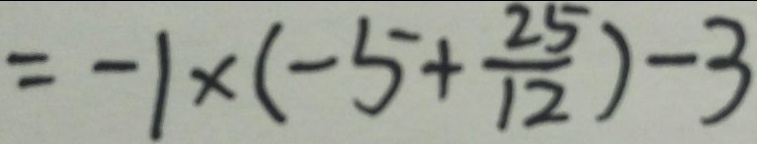
= - 1 \times ( - 5 + \frac { 2 5 } { 1 2 } ) - 3